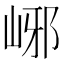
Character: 峫